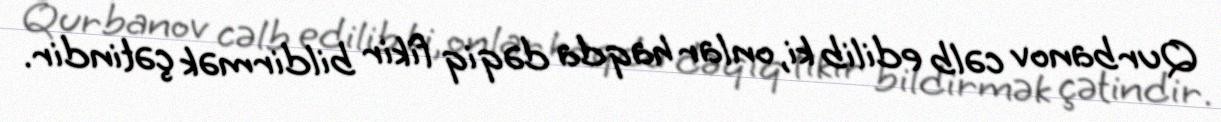
Qurbanov cəlb edilib ki, onlar haqda dəqiq fikir bildirmək çətindir.